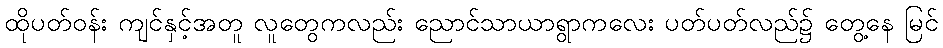
ထိုပတ်ဝန်း ကျင်နှင့်အတူ လူတွေကလည်း ညောင်သာယာရွာကလေး ပတ်ပတ်လည်၌ တွေ့နေ မြင်